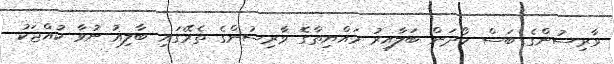
ވާރިސުންގެ ބަސް ހޯދަން ބަލާއިރު މައްޔިތާގެ ވާރިސުންގެ ތެރޭގައި ބާލިޣު ނުވާ ކުއްޖަކު